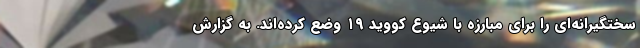
سختگیرانه‌ای را برای مبارزه با شیوع کووید ۱۹ وضع کرده‌اند. به گزارش